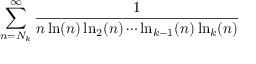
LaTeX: \sum _ { n = N _ { k } } ^ { \infty } { \frac { 1 } { n \ln ( n ) \ln _ { 2 } ( n ) \cdots \ln _ { k - 1 } ( n ) \ln _ { k } ( n ) } }